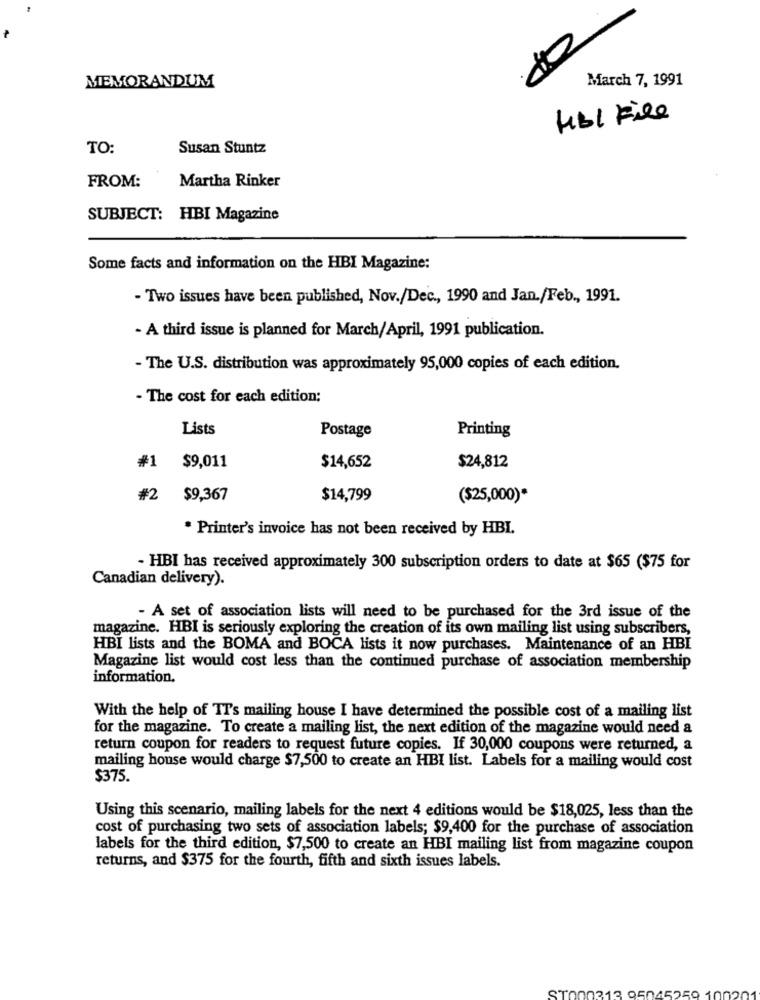
MEMORANDUM
March 7, 1991
HbI File
TO:
Susan Stuntz
FROM:
Martha Rinker
SUBJECT: HBI Magazine
Some facts and information on the HBI Magazine:
- Two issues have been published, Nov./Dec ., 1990 and Jan./Feb ., 1991.
- A third issue is planned for March/April, 1991 publication.
- The U.S. distribution was approximately 95,000 copies of each edition.
- The cost for each edition:
Lists
Postage
Printing
$24,812
#1
$9,011
$14,652
#2
$9,367
$14,799
($25,000)*
* Printer's invoice has not been received by HBI.
- HBI has received approximately 300 subscription orders to date at $65 ($75 for
Canadian delivery).
- A set of association lists will need to be purchased for the 3rd issue of the
magazine. HBI is seriously exploring the creation of its own mailing list using subscribers,
HBI lists and the BOMA and BOCA lists it now purchases. Maintenance of an HBI
Magazine list would cost less than the continued purchase of association membership
information.
With the help of TT's mailing house I have determined the possible cost of a mailing list
for the magazine. To create a mailing list, the next edition of the magazine would need a
return coupon for readers to request future copies. If 30,000 coupons were returned, a
mailing honse would charge $7,500 to create an HBI list. Labels for a mailing would cost
$375.
Using this scenario, mailing labels for the next 4 editions would be $18,025, less than the
cost of purchasing two sets of association labels; $9,400 for the purchase of association
labels for the third edition, $7,500 to create an HBI mailing list from magazine coupon
returns, and $375 for the fourth, fifth and sixth issues labels.
ST000313 95045259 100201